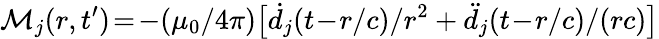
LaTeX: \mathcal{M}_{j}(r,t^{\prime})\! =\! -(\mu_{0}/4\pi)\big[\dot{d}_{j}(t\! -\! r/c)/{r^{2}}+\ddot{d}_{j}(t\! -\! r/c)/(rc)\big]